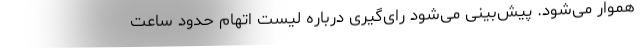
هموار می‌شود. پیش‌بینی می‌شود رای‌گیری درباره لیست اتهام حدود ساعت